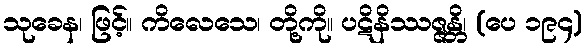
သုခေန၊ ဖြင့်။ ကိလေသေ၊ တို့ကို။ ပဋိနိဿဇ္ဇန္တိ၊ (ပေ ၁၉၄)